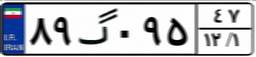
۸۹گ۰۹۵۴۷